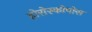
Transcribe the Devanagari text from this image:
होरोस्कोपोस